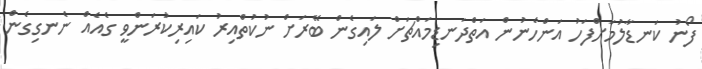
ފޯނު ކަނޑާލުމަށްފަހު އަންހެނުން އަތްދަނޑިމައްޗަށް ލައިގެން ބޭރަށް ނުކުތްއިރު ކައިރިކުރަންވީ ގެއެއް ނެނގިގެން